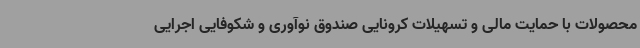
محصولات با حمایت مالی و تسهیلات کرونایی صندوق نوآوری و شکوفایی اجرایی